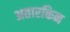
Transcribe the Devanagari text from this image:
अतारकिन